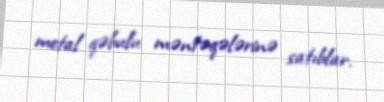
metal qəbulu məntəqələrinə satıblar.